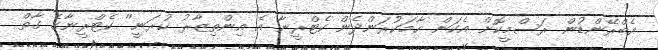
އެބްރޭންޑުން ރަސްމީކޮށް އެކަން ހާމަކުރަންދެން ކެޓްރީނާ އެ އިންތިޒާރު ކުރަނީ'' ކެޓްރީނާގެ ގާތް